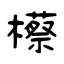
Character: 櫒